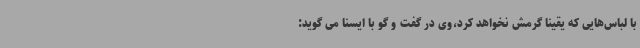
با لباس‌هایی که یقینا گرمش نخواهد کرد،وی در گفت و گو با ایسنا می گوید: